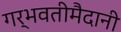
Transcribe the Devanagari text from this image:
गर्भवतीमैदानी